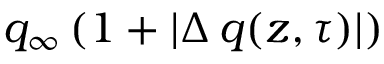
q _ { \infty } \left( 1 + | \Delta \, q ( z , \tau ) | \right)